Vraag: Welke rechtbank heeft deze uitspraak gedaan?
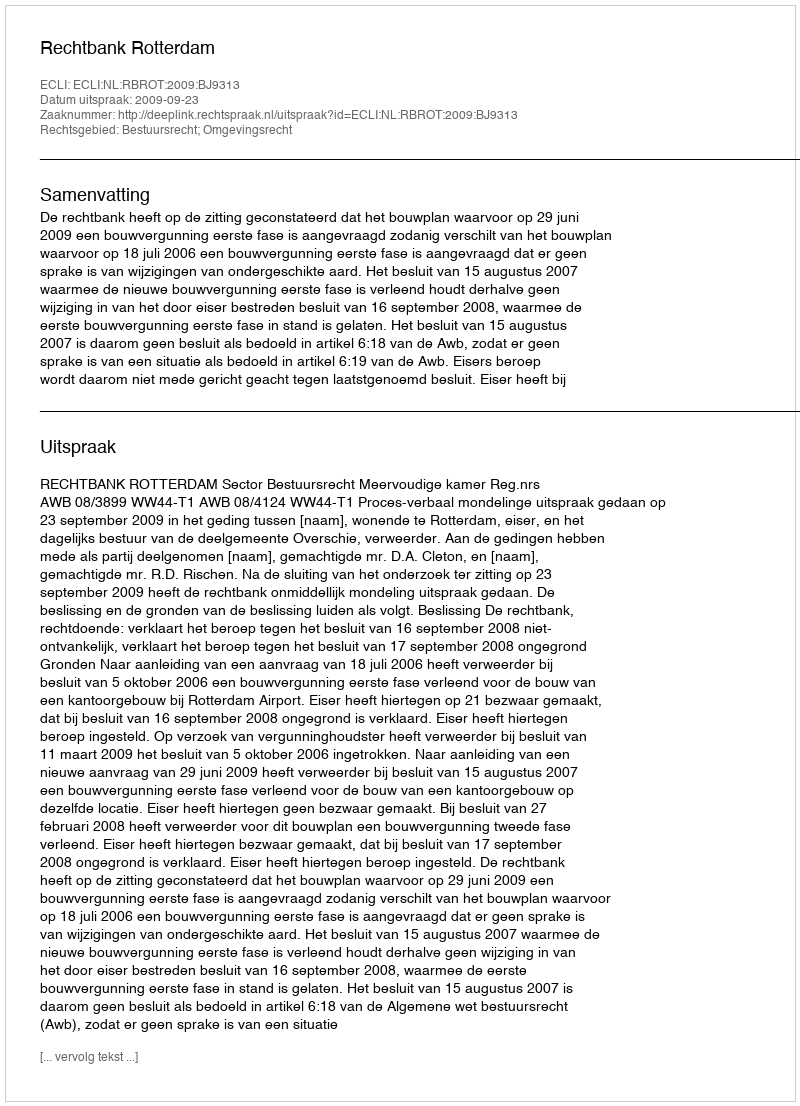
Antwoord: Rechtbank Rotterdam